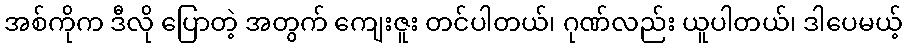
အစ်ကိုက ဒီလို ပြောတဲ့ အတွက် ကျေးဇူး တင်ပါတယ်၊ ဂုဏ်လည်း ယူပါတယ်၊ ဒါပေမယ့်